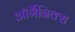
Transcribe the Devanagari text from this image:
ऑर्गैनिक्स